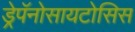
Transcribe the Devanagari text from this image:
ड्रेपॅनोसायटोसिस